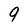
Character: 9